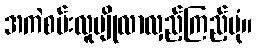
အကဲစမ်းလူပျိုလာလှည့်ကြည့်ပုံ။